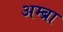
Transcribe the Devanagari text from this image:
अम्ब्रा